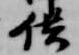
供